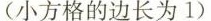
(小方格的边长为1)